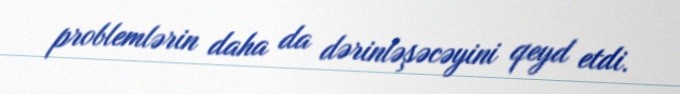
problemlərin daha da dərinləşəcəyini qeyd etdi.